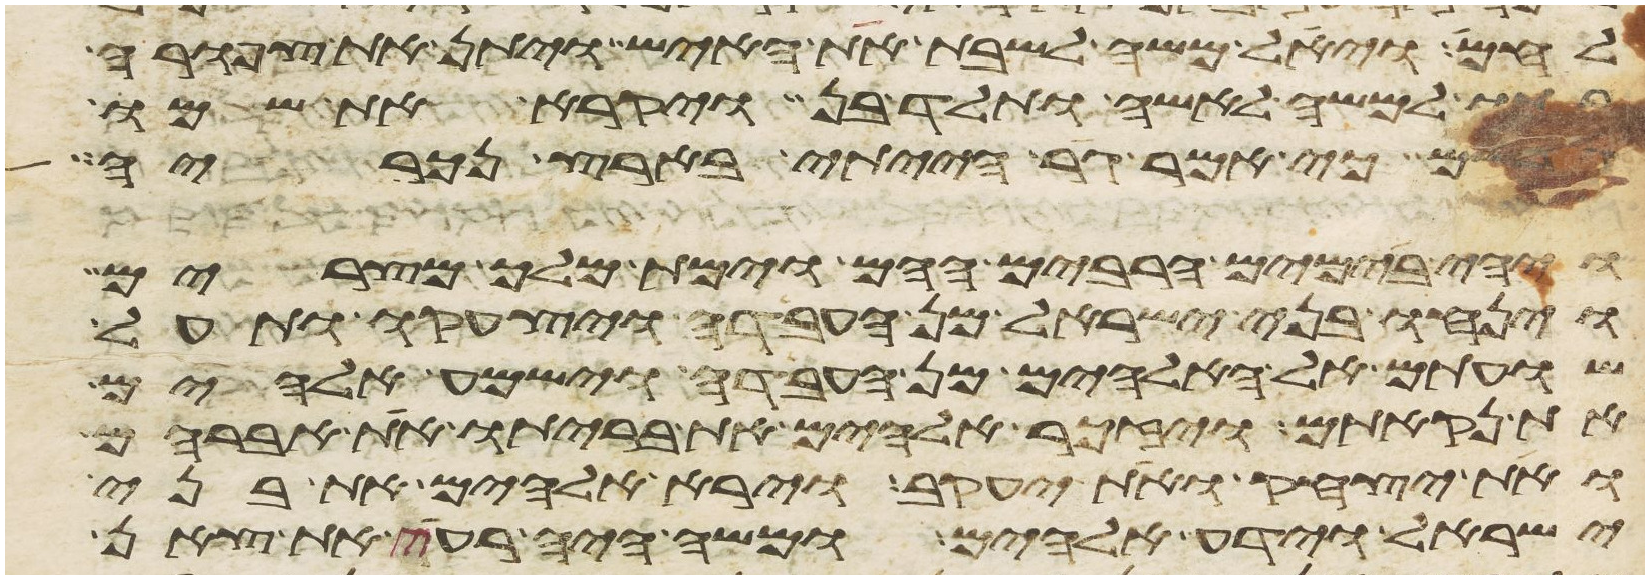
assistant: לחם ויאל משה לשבת את האיש ויתן את צפורה
בתו למשה לאשה ותלד בן ויקרא את שמו
גרשם כי אמר גר הייתי בארץ נכריה
ויהי בימים הרבים ההם וימת מלך מצרים
וינחו בני ישראל מן העבדה ויצעקו ותעל
שועתם אל האלהים מן העבדה וישמע אלהים
את נקאתם ויזכר אלהים את בריתו את אברהם
ואת יצחק ואת יעקב וירא אלהים את בני
ישראל וידע אלהים ומשה היה רעה את צאן